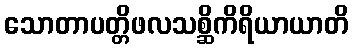
သောတာပတ္တိဖလသစ္ဆိကိရိယာယာတိ